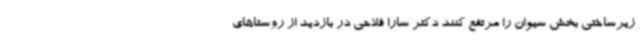
زیرساختی بخش سیوان را مرتفع کنند دکتر سارا فلاحی در بازدید از روستاهای